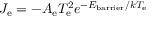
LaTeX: J _ { \mathrm { { e } } } = - A _ { \mathrm { { e } } } T _ { \mathrm { { e } } } ^ { 2 } e ^ { - E _ { \mathrm { { b a r r i e r } } } / k T _ { \mathrm { { e } } } }